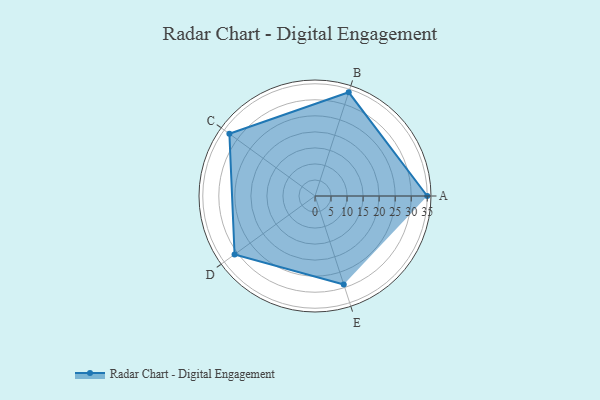
{"axis": {"x": "Skill", "y": "Score"}, "legend": ["Profile"], "data": [{"x": "A", "y": 35.0, "type": "Profile"}, {"x": "B", "y": 34.0, "type": "Profile"}, {"x": "C", "y": 33.0, "type": "Profile"}, {"x": "D", "y": 31.0, "type": "Profile"}, {"x": "E", "y": 29.0, "type": "Profile"}]}